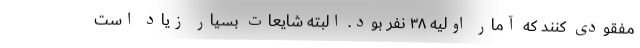
مفقودی کنند که آمار اولیه ۳۸ نفر بود. البته شایعات بسیار زیاد است